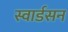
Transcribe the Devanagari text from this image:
स्वार्डसन